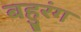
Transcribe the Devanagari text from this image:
बहुरंग